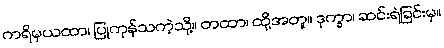
ကရိမှယထာ၊ ပြုကုန်သကဲ့သို့။ တထာ၊ ထို့အတူ။ ဒုက္ခာ၊ ဆင်းရဲခြင်းမှ။